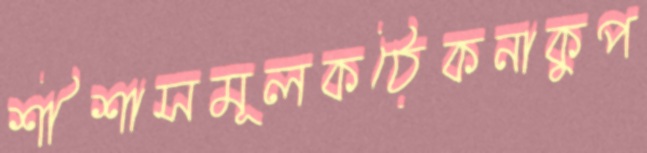
শীশাসমূলকঠেকনাকুপ